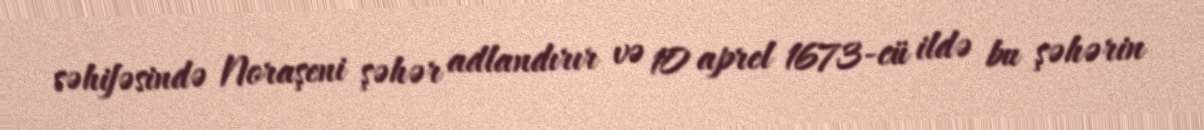
səhifəsində Noraşeni şəhər adlandırır və 10 aprel 1673-cü ildə bu şəhərin